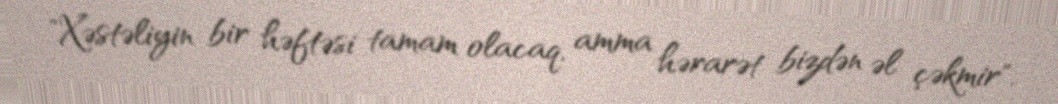
"Xəstəliyin bir həftəsi tamam olacaq, amma hərarət bizdən əl çəkmir".